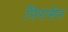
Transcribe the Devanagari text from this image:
निरासेन